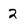
Character: 2